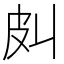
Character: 𰤞